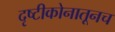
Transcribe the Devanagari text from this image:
दृष्टीकोनातूनच